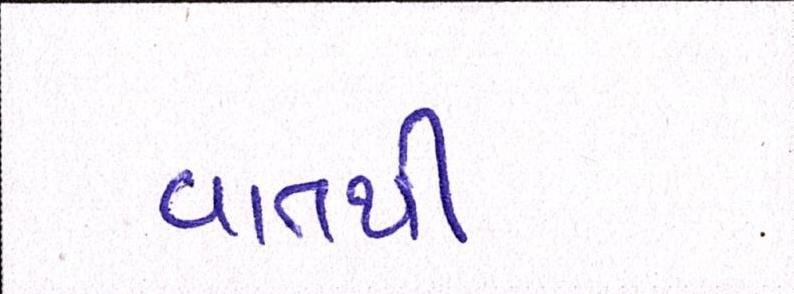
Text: વાતથી